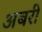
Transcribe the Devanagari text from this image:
अबरी